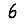
Digit: 6